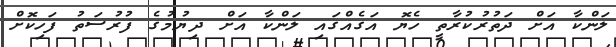
ލަންކާ އަށް ދަތުރުކުރާތީ ހެޔޮ އަގެއްގައި ލަންކާ އަށް ދިޔުމުގެ ފުރުސަތު ފަހިކޮށް